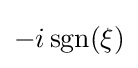
-i\operatorname {sgn}(\xi )